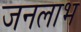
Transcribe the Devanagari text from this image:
जनलाभ